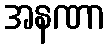
အနဏာ